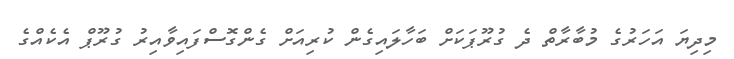
މިދިޔަ އަހަރުގެ މުބާރާތް ދެ ގުރޫޕަކަށް ބަހާލައިގެން ކުރިއަށް ގެންގޮސްފައިވާއިރު ގުރޫޕް އެކެއްގެ